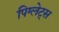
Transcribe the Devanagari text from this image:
पिग्लेट्स